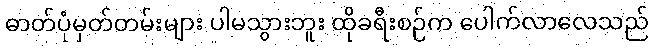
ဓာတ်ပုံမှတ်တမ်းများ ပါမသွားဘူး ထိုခရီးစဉ်က ပေါက်လာလေသည်